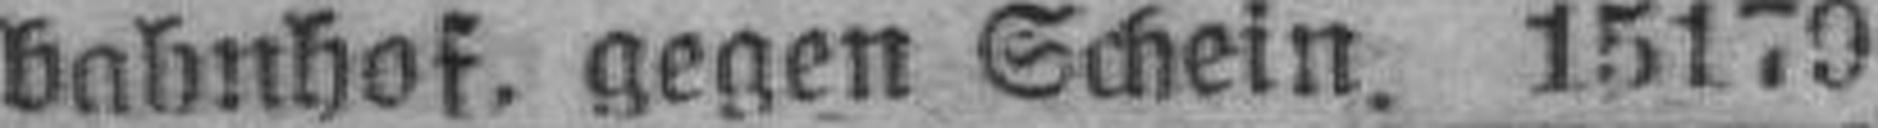
bahnhof, gegen Schein. 15179